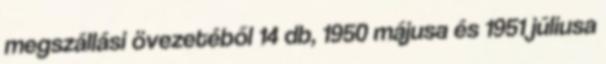
megszállási övezetéből 14 db, 1950 májusa és 1951 júliusa